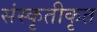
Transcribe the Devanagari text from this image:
संस्कृतीकृत